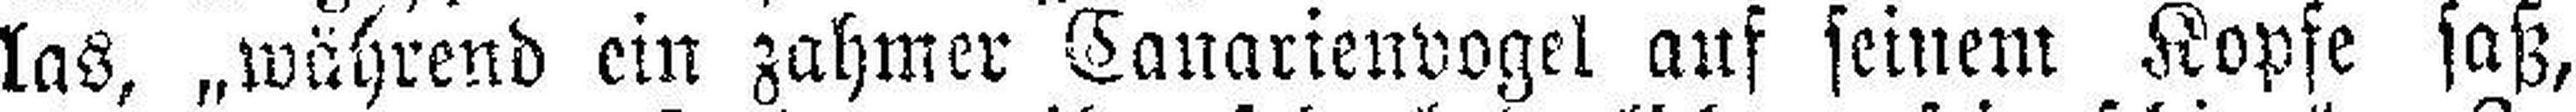
las, „während ein zahmer Kanarienvogel auf seinem Kopfe saß,